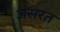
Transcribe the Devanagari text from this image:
जसरत